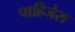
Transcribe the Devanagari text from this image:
पाहिजेस